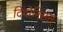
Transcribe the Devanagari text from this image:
दियोनिसस्